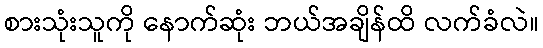
စားသုံးသူကို နောက်ဆုံး ဘယ်အချိန်ထိ လက်ခံလဲ။